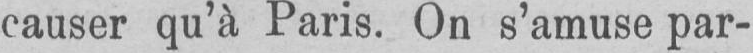
causer qu’à Paris. On s’amuse par-